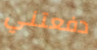
دفعتني